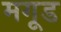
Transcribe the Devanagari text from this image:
मगूड